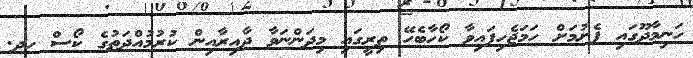
ހަނިމާދޫގައި ފެށުމަށް ހަމަޖެހިފައިވާ ކޯހާބެހޭ ތިރީގައި މިދަންނަވާ ދާއިރާއިން ކުރުމުއްދަތުގެ ކޯސް ހދ.